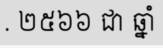
. ២៥៦៦ ជា ឆ្នាំ